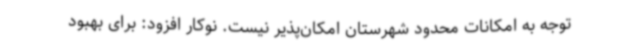
توجه به امکانات محدود شهرستان امکان‌پذیر نیست. نوکار افزود: برای بهبود